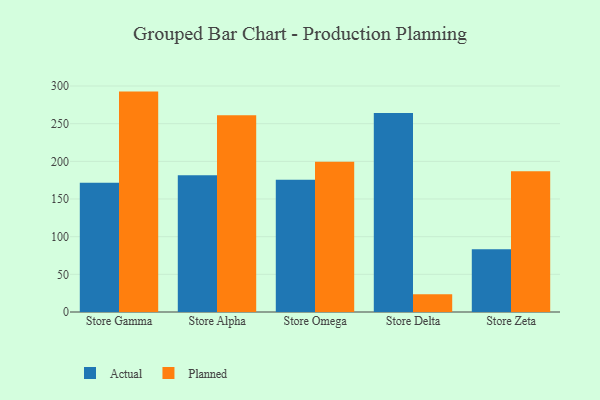
{"axis": {"x": "Store", "y": "Churn Rate (%)"}, "legend": ["Actual", "Planned"], "data": [{"x": "Store Gamma", "y": 171.5, "type": "Actual"}, {"x": "Store Gamma", "y": 292.6, "type": "Planned"}, {"x": "Store Alpha", "y": 181.7, "type": "Actual"}, {"x": "Store Alpha", "y": 261.1, "type": "Planned"}, {"x": "Store Omega", "y": 175.7, "type": "Actual"}, {"x": "Store Omega", "y": 199.4, "type": "Planned"}, {"x": "Store Delta", "y": 264.1, "type": "Actual"}, {"x": "Store Delta", "y": 23.7, "type": "Planned"}, {"x": "Store Zeta", "y": 83.3, "type": "Actual"}, {"x": "Store Zeta", "y": 186.7, "type": "Planned"}]}